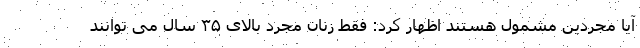
آیا مجردین مشمول هستند اظهار کرد: فقط زنان مجرد بالای ۳۵ سال می توانند